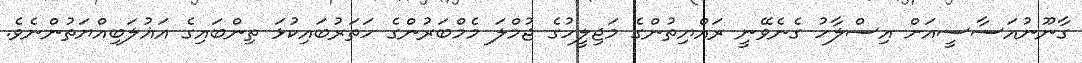
ގާނޫނުއަސާސީއަށް އިސްލާހު ގެނެވޭނީ ރައްޔިތުންގެ މަޖިލީހުގެ ޖުމްލަ މެމްބަރުންގެ ހަތަރުބައިކުޅަ ތިންބައިގެ އަޣުލަބިއްޔަތުންނެވެ.